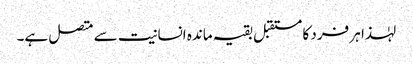
لہٰذا ہر فرد کا مستقبل بقیہ ماندہ انسانیت سے متصل ہے۔